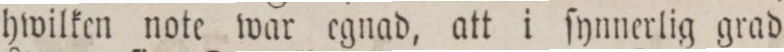
hwilken note war egnad, att i ſynnerlig grad